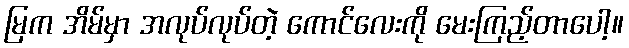
မြက အိမ်မှာ အလုပ်လုပ်တဲ့ ကောင်လေးကို မေးကြည့်တာပေါ့။